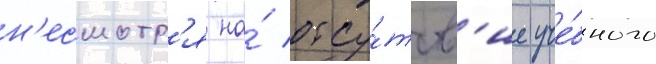
н'есмотр'я на́ отсу́тств'ие уче́бного